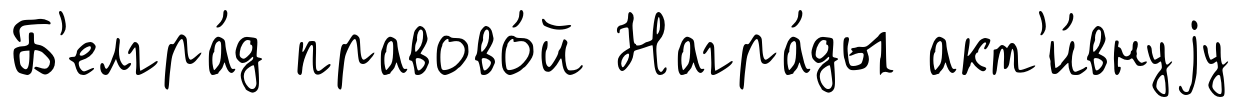
Б'елгра́д правово́й Награ́ды акт'и́внуjу